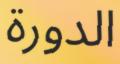
الدورة